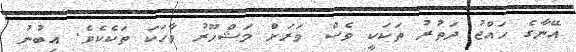
އޭނާގެ ހައްޖު ދަތުރު ތަކަކީ ވެސް ވަރަށް މަޝްހޫރު ވާހަކަ ތަކެކެވެ. އިބުނު